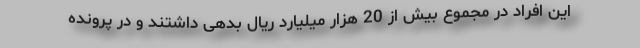
این افراد در مجموع بیش از 20 هزار میلیارد ریال بدهی داشتند و در پرونده